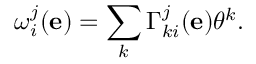
\omega _ { i } ^ { j } ( \mathbf { e } ) = \sum _ { k } \Gamma _ { k i } ^ { j } ( \mathbf { e } ) \theta ^ { k } .